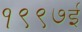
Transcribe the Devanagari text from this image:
१९९७ई